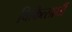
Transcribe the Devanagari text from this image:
चिकित्सार्थी